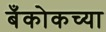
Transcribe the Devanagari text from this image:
बँकोकच्या